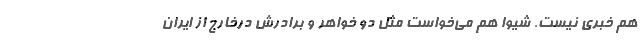
هم خبری نیست. شیوا هم می‌خواست مثل دو خواهر و برادرش درخارج از ایران